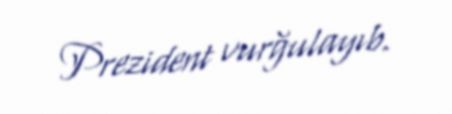
Prezident vurğulayıb.